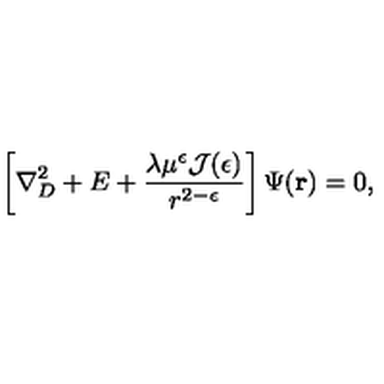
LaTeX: \left[ \nabla _ { { D } } ^ { 2 } + E + \frac { \lambda \mu ^ { \epsilon } { \mathcal J } ( \epsilon ) } { r ^ { 2 - \epsilon } } \right] \Psi ( { \bf r } ) = 0 ,